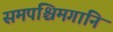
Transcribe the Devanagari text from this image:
समपश्चिमगानि